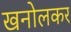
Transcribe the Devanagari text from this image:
खनोलकर